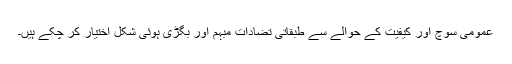
عمومی سوچ اور کیفیت کے حوالے سے طبقاتی تضادات مبہم اور بگڑی ہوئی شکل اختیار کر چکے ہیں۔